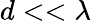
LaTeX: d<<\lambda